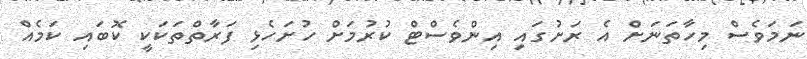
ނަމަވެސް މިހާތަނަަށް އެ ރަށުގައި އިންވެސްޓް ކުރުމަށް ހުށަހެޅި ފަރާތްތަކަކީ ކޮބައި ކަމެއް